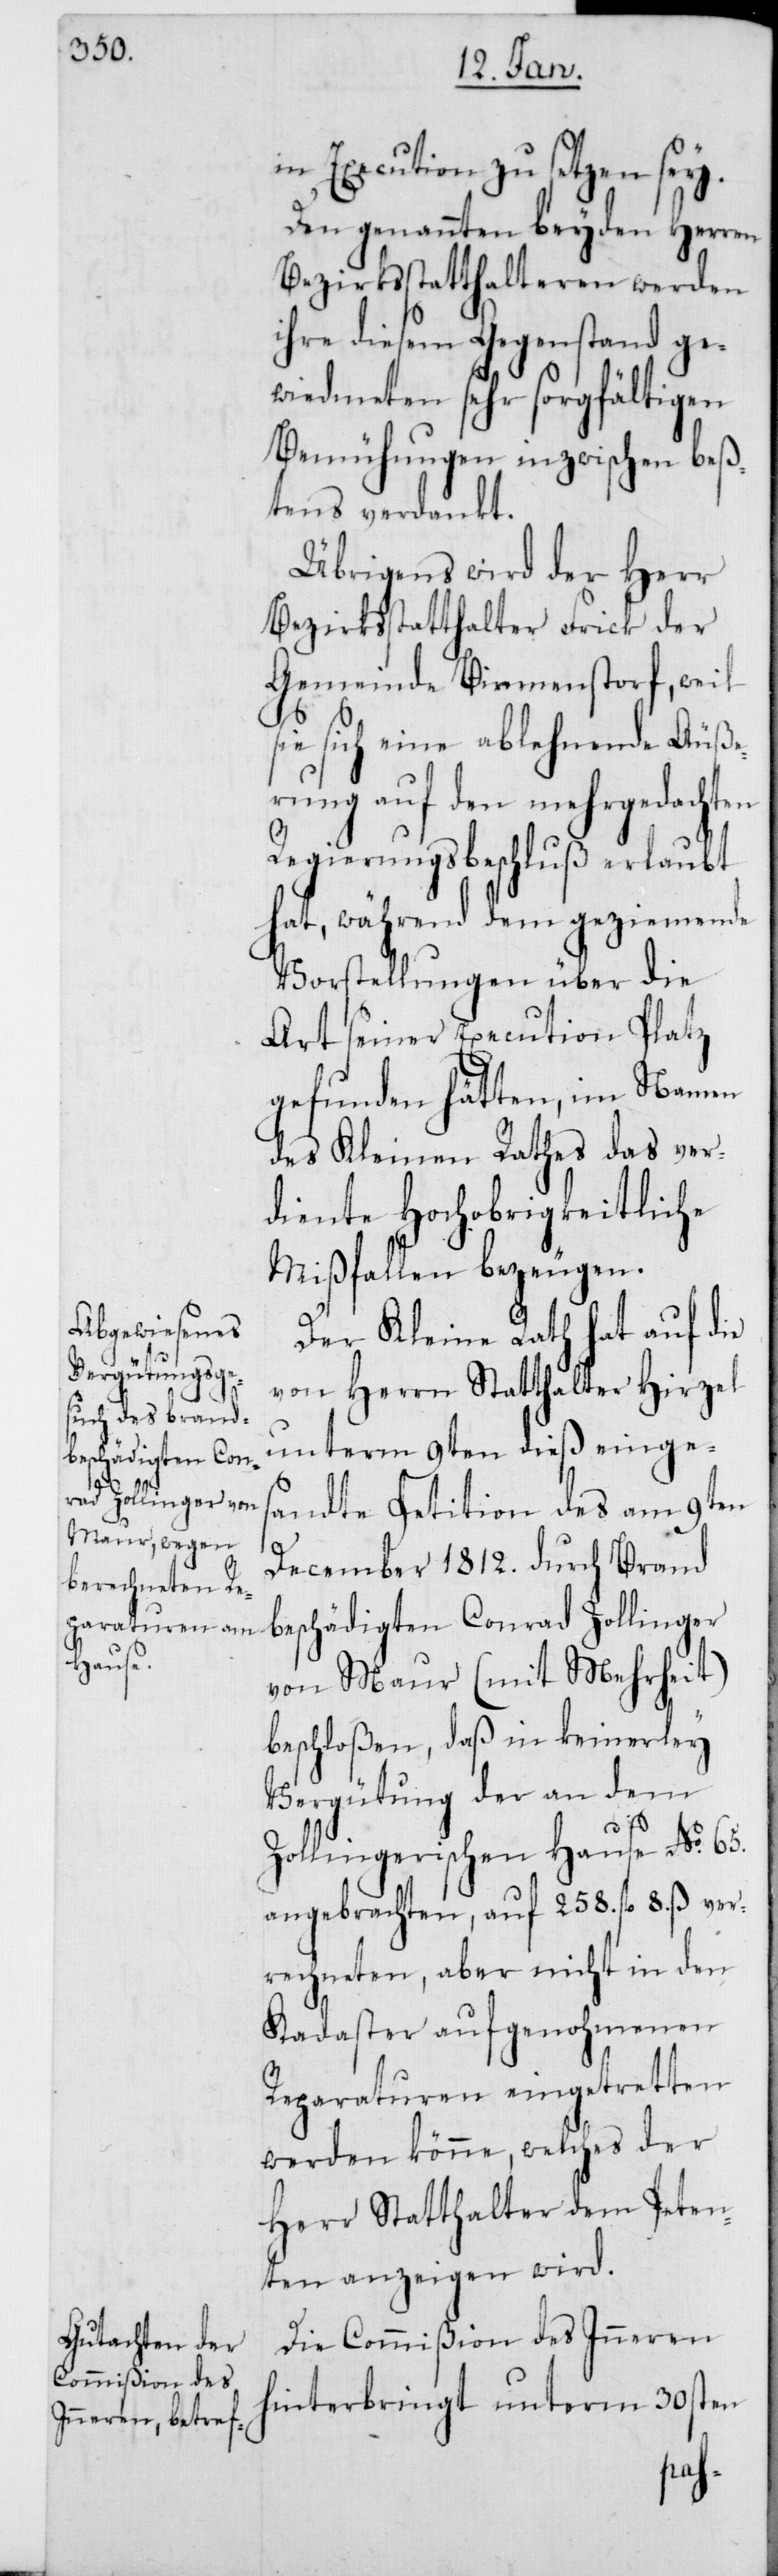
in Execution zu setzen sey.
Den genannten beyden Herren
Bezirksstatthalteren werden
ihre diesem Gegenstand ge¬
wiedmeten sehr sorgfältigen
Bemühungen inzwischen beß¬
tens verdankt.
Übrigens wird der Herr
Bezirksstatthalter Frick der
Gemeinde Birmenstorf, weil
sie sich eine ablehnende Äuße¬
rung auf den mehrgedachten
Regierungsbeschluß erlaubt
hat, während dem geziemende
Vorstellungen über die
Art seiner Execution Platz
gefunden hätten, im Namen
des Kleinen Rathes das ver¬
diente Hochobrigkeitliche
Mißfallen bezeugen.
Der Kleine Rath hat auf die
von Herrn Statthalter Hirzel
unterm 9ten dieß einges¬
andte Petition des am 9ten
December 1812. durch Brand
beschädigten Conrad Zollinger
von Maur (mit Mehrheit)
beschloßen, daß in keinerley
Vergütung der an dem
Zollingerischem Hause No 65.
angebrachten, auf 258. fl. 8. ß ver¬
rechneten, aber nicht in den
Kadaster aufgenohmenen
Reparaturen eingetretten
werden könne, welches der
Herr Statthalter dem Peten¬
ten anzeigen wird.
Die Commißion des Inneren
hinterbringt unterm 30sten